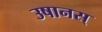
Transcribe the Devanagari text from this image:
उषानस्‌